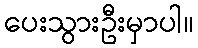
ပေးသွားဦးမှာပါ။